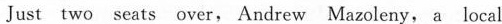
Just two seats over, Andrew Mazoleny, a local